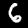
Label: 6